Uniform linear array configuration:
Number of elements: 64
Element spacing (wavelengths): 0.25
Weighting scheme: exponential
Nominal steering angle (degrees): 30
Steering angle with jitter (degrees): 30.08
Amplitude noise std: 0.05
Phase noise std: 0.05

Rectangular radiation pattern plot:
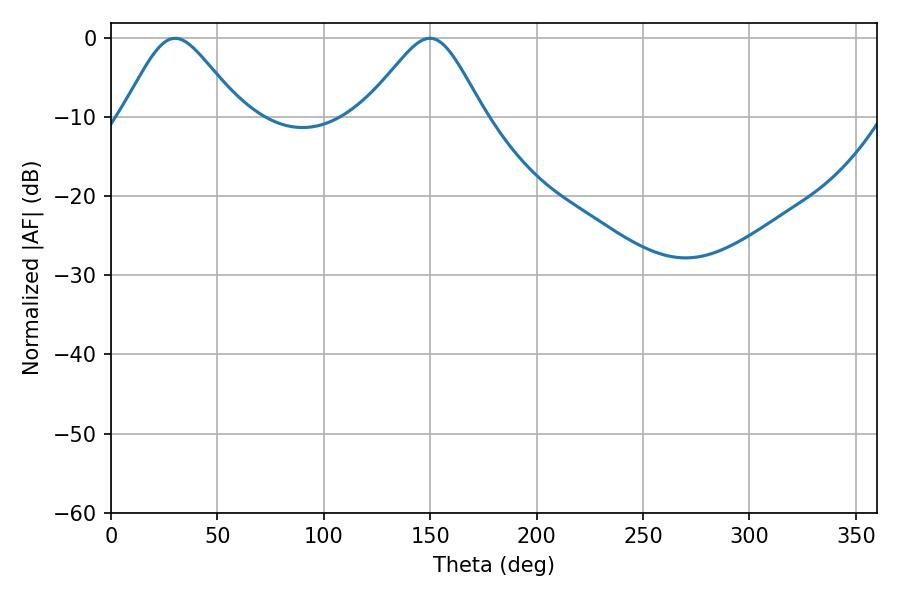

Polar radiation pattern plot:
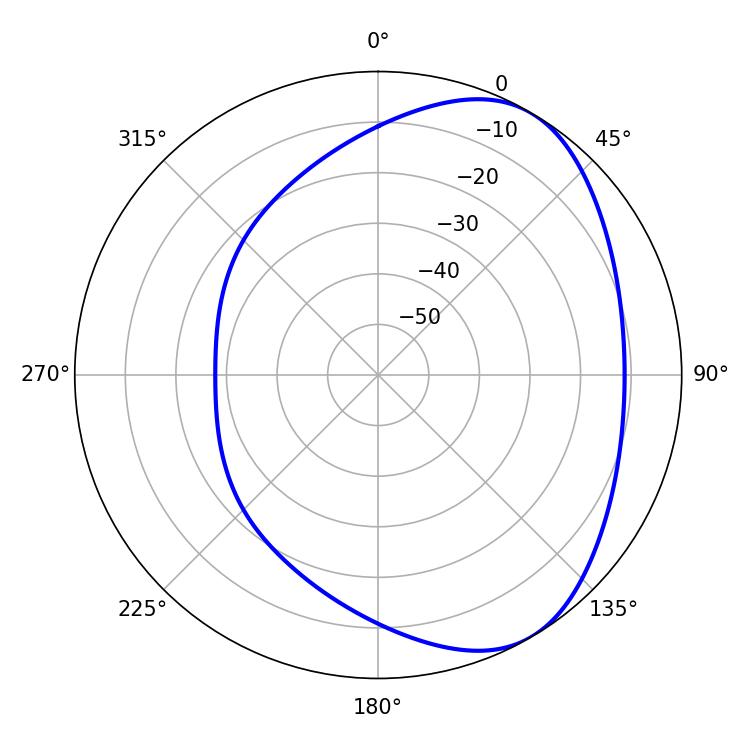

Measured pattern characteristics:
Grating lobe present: FALSE
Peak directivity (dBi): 4.987
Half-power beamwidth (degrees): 27.36
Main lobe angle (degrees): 30.06